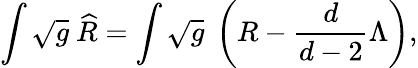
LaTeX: \int\sqrt{g}\ \widehat{R}=\int\sqrt{g}\ \left(R-\frac{d}{d-2}\Lambda\right),